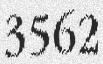
3562